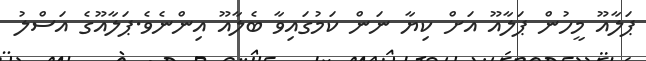
ޕަލާއޫ މީހުން ޕަލާއޫ އަށް ކިޔާ ނަން ކަމުގައިވާ ބެލާއޫ އިންނެވެ.ޕަލާއޫގެ އަސްލު